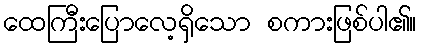
ထေကြီးပြောလေ့ရှိသော စကားဖြစ်ပါ၏။